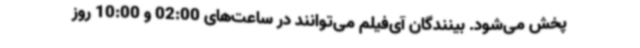
پخش می‌شود. بینندگان آی‌فیلم می‌توانند در ساعت‌های 02:00 و 10:00 روز